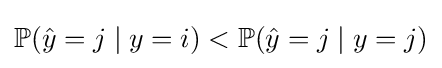
\mathbb {P} ({\hat {y}}=j\mid y=i)<\mathbb {P} ({\hat {y}}=j\mid y=j)